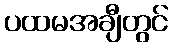
ပထမအချီတွင်